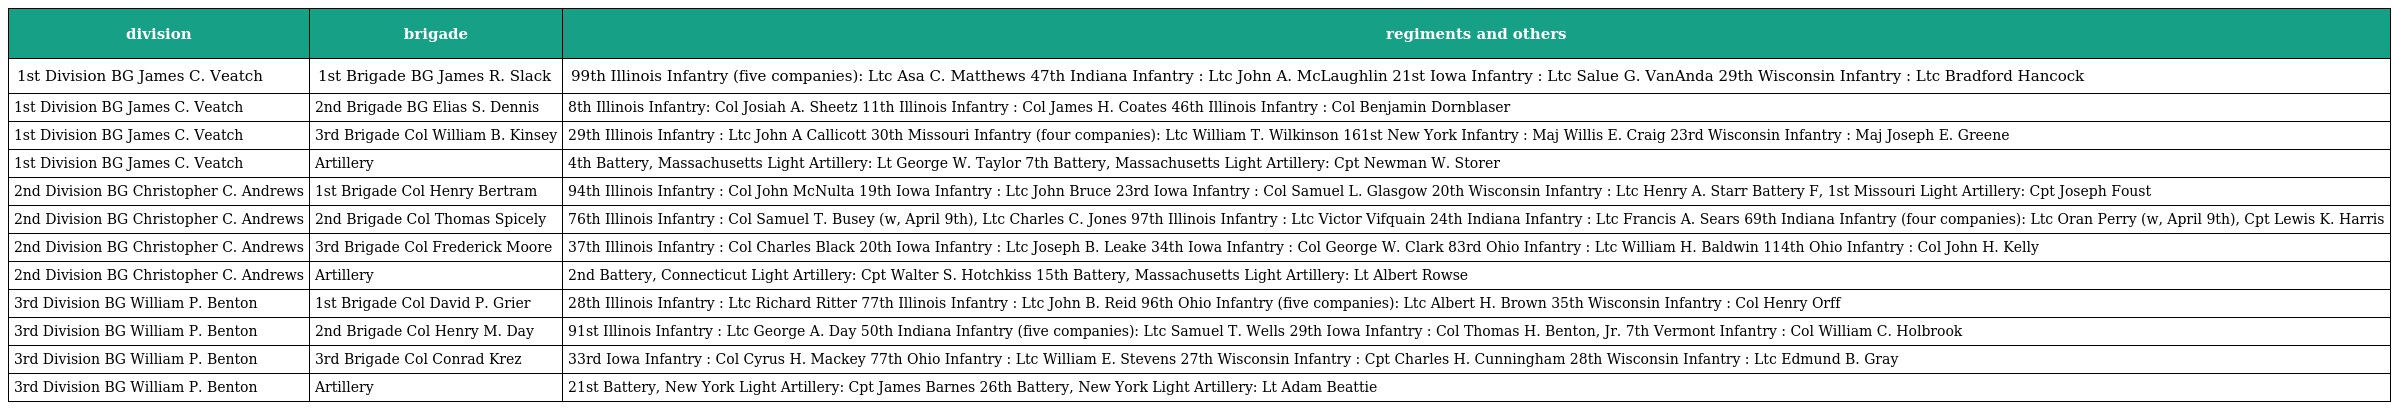
| division | brigade | regiments and others |
 | --- | --- | --- |
 | 1st Division BG James C. Veatch | 1st Brigade BG James R. Slack | 99th Illinois Infantry (five companies): Ltc Asa C. Matthews 47th Indiana Infantry : Ltc John A. McLaughlin 21st Iowa Infantry : Ltc Salue G. VanAnda 29th Wisconsin Infantry : Ltc Bradford Hancock |
 | 1st Division BG James C. Veatch | 2nd Brigade BG Elias S. Dennis | 8th Illinois Infantry: Col Josiah A. Sheetz 11th Illinois Infantry : Col James H. Coates 46th Illinois Infantry : Col Benjamin Dornblaser |
 | 1st Division BG James C. Veatch | 3rd Brigade Col William B. Kinsey | 29th Illinois Infantry : Ltc John A Callicott 30th Missouri Infantry (four companies): Ltc William T. Wilkinson 161st New York Infantry : Maj Willis E. Craig 23rd Wisconsin Infantry : Maj Joseph E. Greene |
 | 1st Division BG James C. Veatch | Artillery | 4th Battery, Massachusetts Light Artillery: Lt George W. Taylor 7th Battery, Massachusetts Light Artillery: Cpt Newman W. Storer |
 | 2nd Division BG Christopher C. Andrews | 1st Brigade Col Henry Bertram | 94th Illinois Infantry : Col John McNulta 19th Iowa Infantry : Ltc John Bruce 23rd Iowa Infantry : Col Samuel L. Glasgow 20th Wisconsin Infantry : Ltc Henry A. Starr Battery F, 1st Missouri Light Artillery: Cpt Joseph Foust |
 | 2nd Division BG Christopher C. Andrews | 2nd Brigade Col Thomas Spicely | 76th Illinois Infantry : Col Samuel T. Busey (w, April 9th), Ltc Charles C. Jones 97th Illinois Infantry : Ltc Victor Vifquain 24th Indiana Infantry : Ltc Francis A. Sears 69th Indiana Infantry (four companies): Ltc Oran Perry (w, April 9th), Cpt Lewis K. Harris |
 | 2nd Division BG Christopher C. Andrews | 3rd Brigade Col Frederick Moore | 37th Illinois Infantry : Col Charles Black 20th Iowa Infantry : Ltc Joseph B. Leake 34th Iowa Infantry : Col George W. Clark 83rd Ohio Infantry : Ltc William H. Baldwin 114th Ohio Infantry : Col John H. Kelly |
 | 2nd Division BG Christopher C. Andrews | Artillery | 2nd Battery, Connecticut Light Artillery: Cpt Walter S. Hotchkiss 15th Battery, Massachusetts Light Artillery: Lt Albert Rowse |
 | 3rd Division BG William P. Benton | 1st Brigade Col David P. Grier | 28th Illinois Infantry : Ltc Richard Ritter 77th Illinois Infantry : Ltc John B. Reid 96th Ohio Infantry (five companies): Ltc Albert H. Brown 35th Wisconsin Infantry : Col Henry Orff |
 | 3rd Division BG William P. Benton | 2nd Brigade Col Henry M. Day | 91st Illinois Infantry : Ltc George A. Day 50th Indiana Infantry (five companies): Ltc Samuel T. Wells 29th Iowa Infantry : Col Thomas H. Benton, Jr. 7th Vermont Infantry : Col William C. Holbrook |
 | 3rd Division BG William P. Benton | 3rd Brigade Col Conrad Krez | 33rd Iowa Infantry : Col Cyrus H. Mackey 77th Ohio Infantry : Ltc William E. Stevens 27th Wisconsin Infantry : Cpt Charles H. Cunningham 28th Wisconsin Infantry : Ltc Edmund B. Gray |
 | 3rd Division BG William P. Benton | Artillery | 21st Battery, New York Light Artillery: Cpt James Barnes 26th Battery, New York Light Artillery: Lt Adam Beattie |